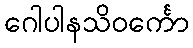
ဂေါပါနသိဝင်္ကော